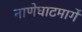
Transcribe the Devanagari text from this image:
नाणेघाटमार्गे